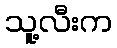
သူ့လီးက